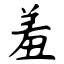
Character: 羞